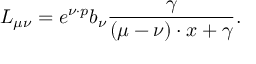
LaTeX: L _ { \mu \nu } = e ^ { \nu \cdot p } b _ { \nu } \frac { \gamma } { ( \mu - \nu ) \cdot x + \gamma } .